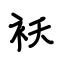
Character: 袄